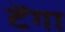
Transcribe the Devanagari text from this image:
टेंगा